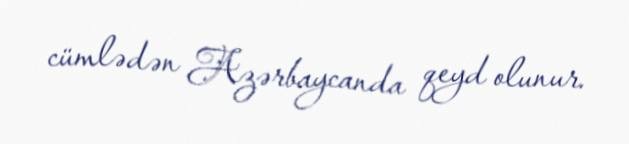
cümlədən Azərbaycanda qeyd olunur.